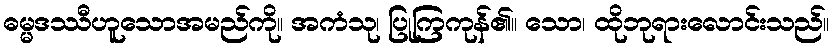
ဓမ္မဒဿီဟူသောအမည်ကို။ အကံသု၊ ပြုကြကုန်၏။ သော၊ ထိုဘုရားလောင်းသည်။